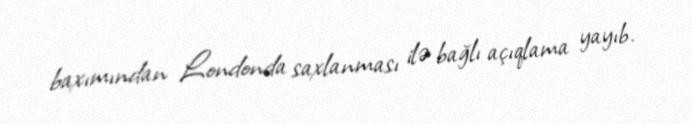
baxımından Londonda saxlanması ilə bağlı açıqlama yayıb.